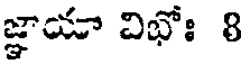
జ్ఞాయా విభోః 8